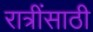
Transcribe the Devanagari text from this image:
रात्रींसाठी